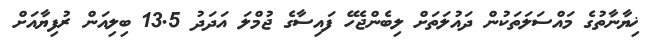
ޚިޔާނާތުގެ މައްސަލަތަކުން ދައުލަތަށް ލިބެންޖެހޭ ފައިސާގެ ޖުމްލަ އަދަދު 13.5 ބިލިއަން ރުފިޔާއަށް